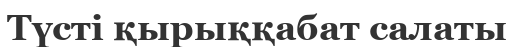
Түсті қырыққабат салаты